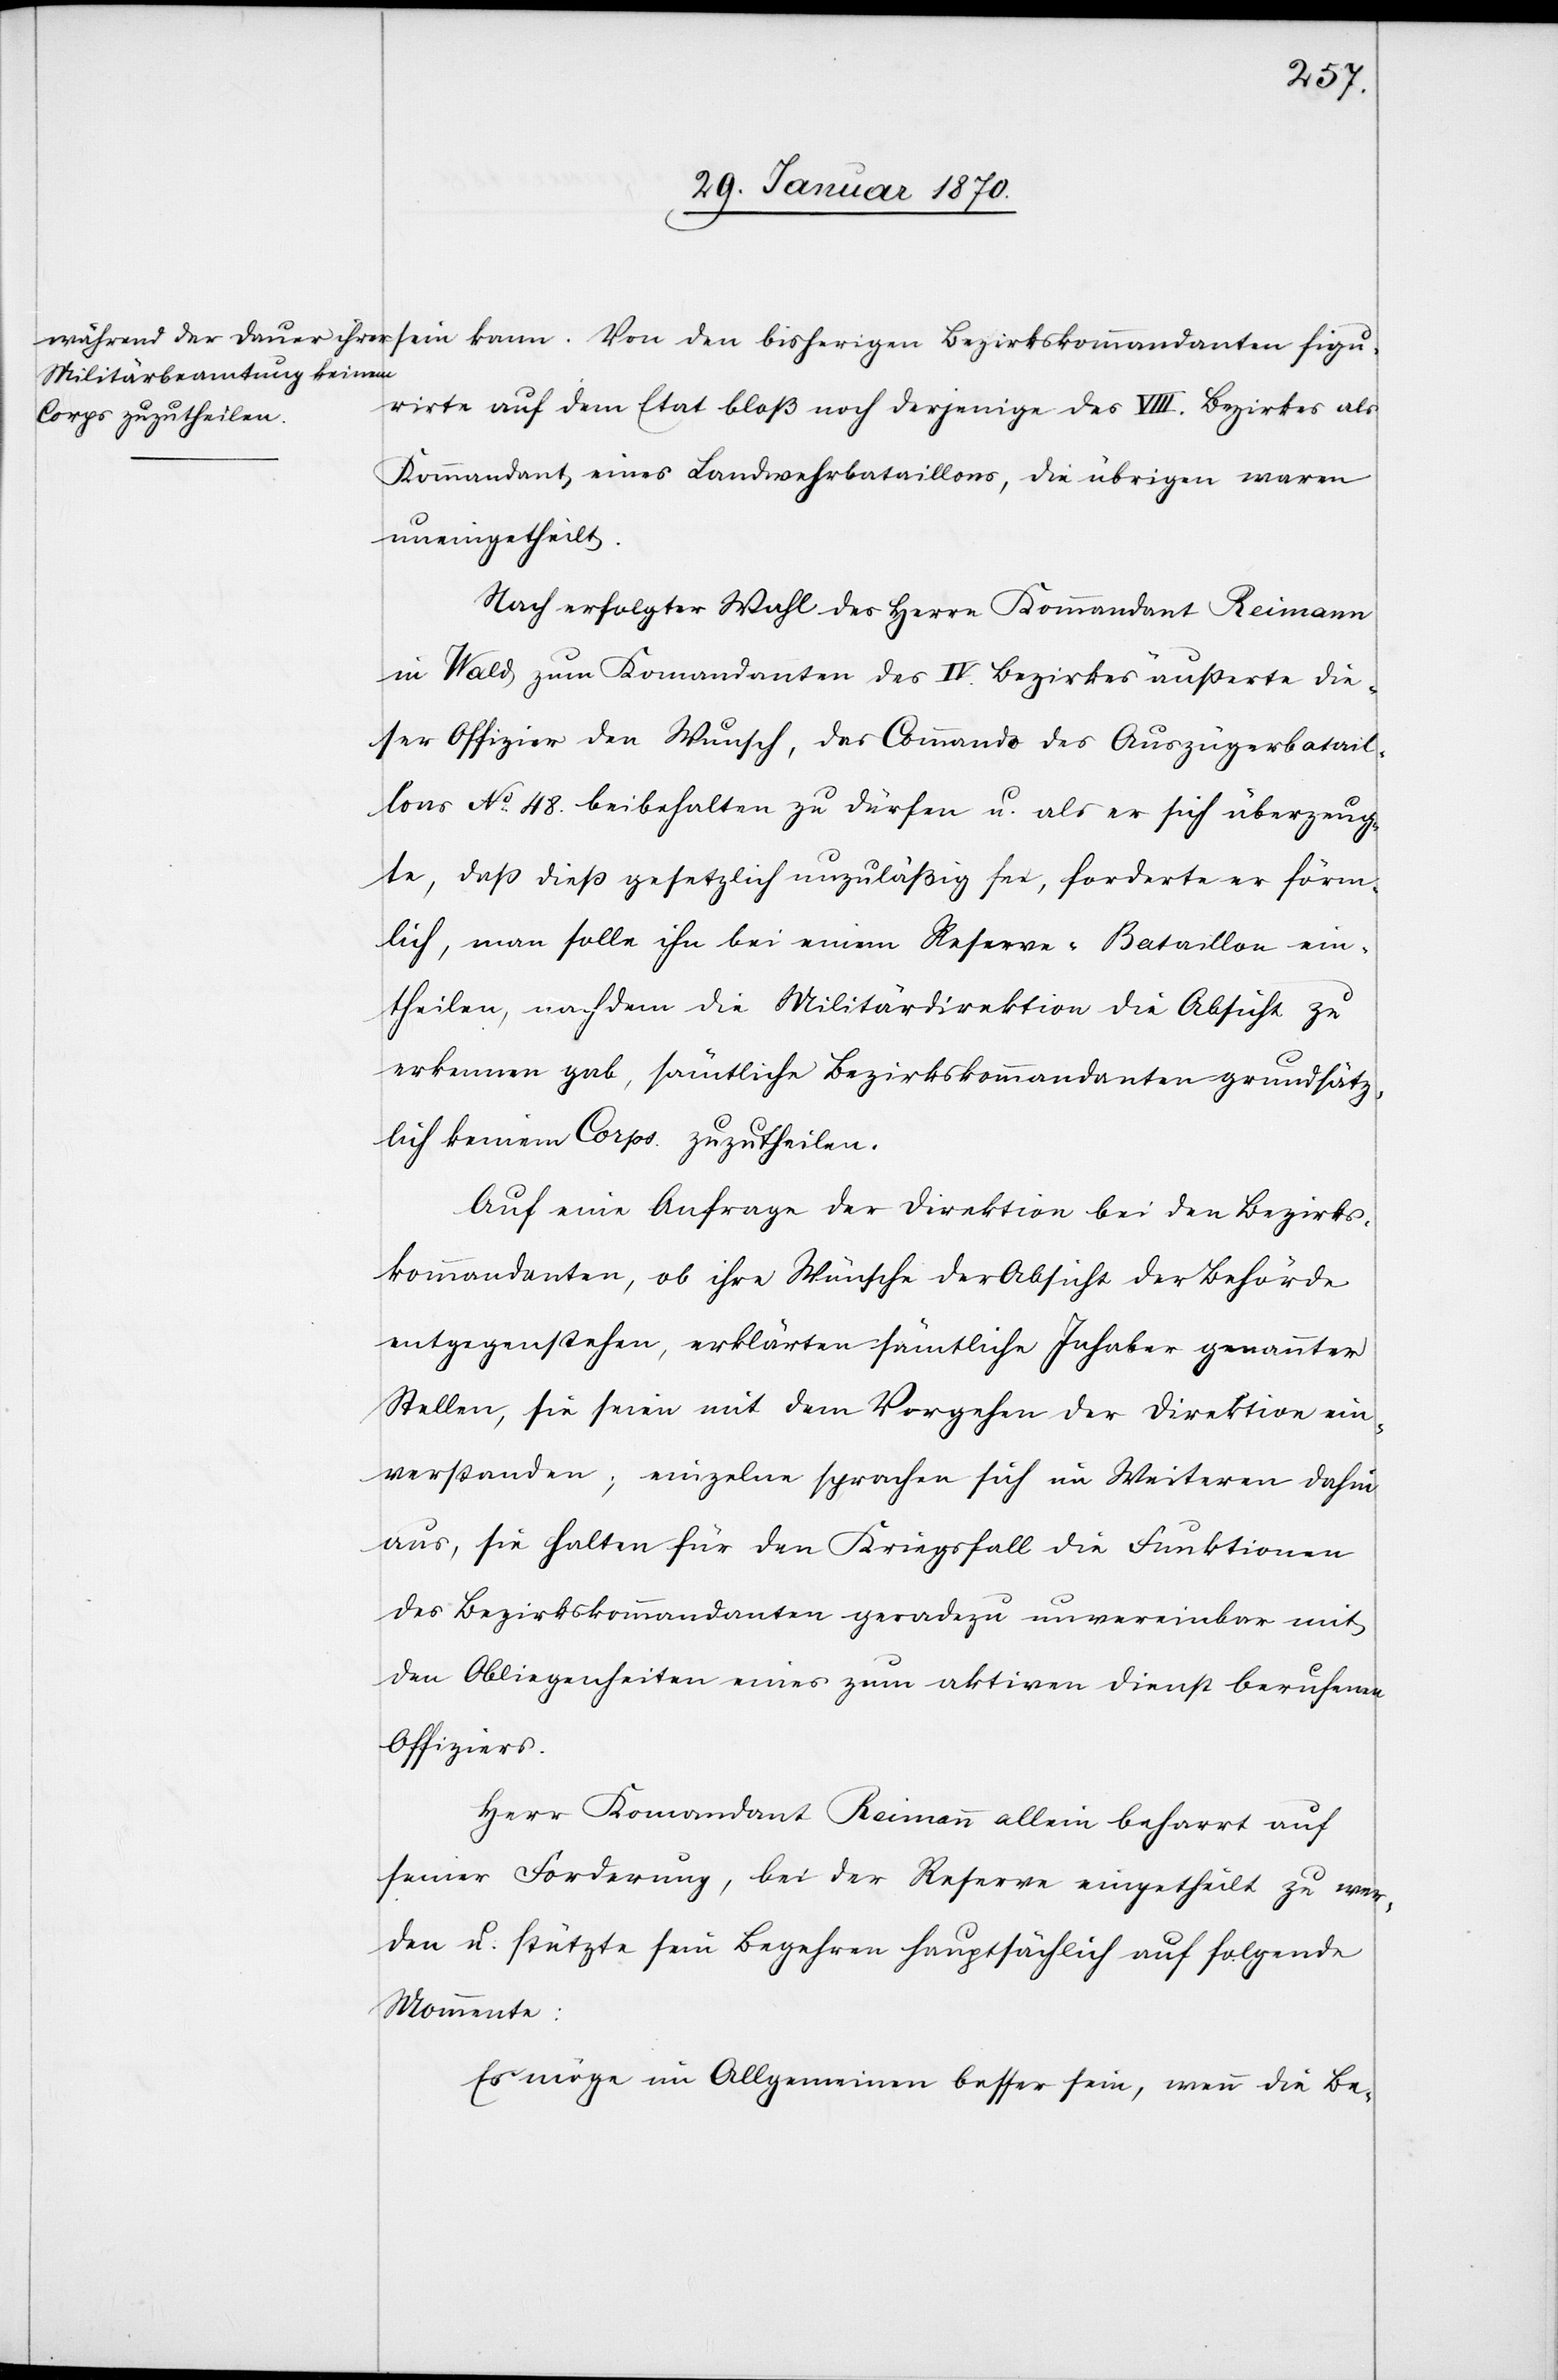
irte auf dem Etat bloß noch derjenige des VIII. Bezirkes als
Kommandant eines Landwehrbataillons, die übrigen waren
uneingetheilt.
Nach erfolgter Wahl des Herrn Kommandant Reimann
in Wald zum Komandanten des IV. Bezirkes äusserte die¬
ser Offizier den Wunsch, das Commando des Auszügerbatail¬
lons No 48. beibehalten zu dürfen u. als er sich überzeug¬
te, daß dieß gesetzlich unzuläßig sei, forderte er förm¬
lich, man solle ihn bei einem Reserve-Bataillon ein¬
theilen, nachdem die Militärdirektion die Absicht zu
erkennen gab, sämtliche Bezirkskommandanten grundsätz¬
lich keinem Corps zuzutheilen.
Auf eine Anfrage der Direktion bei den Bezirks¬
kommandanten, ob ihre Wünsche der Absicht der Behörde
entgegenstehen, erklärten sämtliche Inhaber genannter
Stellen, sie seien mit dem Vorgehen der Direktion ein¬
verstanden; einzelne sprachen sich im Weiteren dahin
aus, sie halten für den Kriegsfall die Funktionen
des Bezirkskommandanten geradezu unvereinbar mit
den Obliegenheiten eines zum aktiven Dienst berufenen
Offiziers.
Herr Komandant Reimann allein beharrt auf
seiner Forderung, bei der Reserve eingetheilt zu wer¬
den u. stützte sein Begehren hauptsächlich auf folgende
Mommente:
Es möge im Allgemeinen besser sein, wenn die Be-